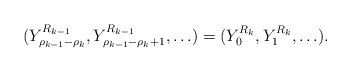
\begin{align*}(Y^{R_{k-1}}_{\rho_{k-1}-\rho_{k}}, Y^{R_{k-1}}_{\rho_{k-1}-\rho_{k}+1},\ldots)= (Y^{R_{k}}_0, Y^{R_{k}}_1,\ldots).\end{align*}